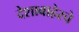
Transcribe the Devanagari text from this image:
देशाबाहेरचे